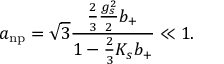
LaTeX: a _ { \mathrm { n p } } = \sqrt { 3 } \frac { \frac { 2 } { 3 } \frac { g _ { s } ^ { 2 } } { 2 } b _ { + } } { 1 - \frac { 2 } { 3 } K _ { s } b _ { + } } \ll 1 .